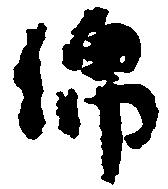
綿